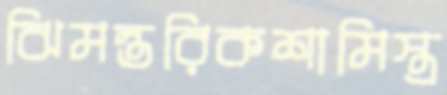
ঝিমন্তরিকশামিস্ত্র